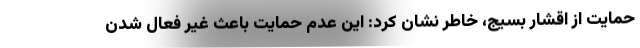
حمایت از اقشار بسیج، خاطر نشان کرد: این عدم حمایت باعث غیر فعال شدن